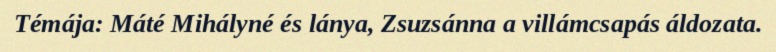
Témája: Máté Mihályné és lánya, Zsuzsánna a villámcsapás áldozata.